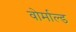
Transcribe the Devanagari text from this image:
वोर्माल्ड